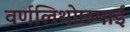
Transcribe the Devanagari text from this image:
वर्णलिथोछपाई